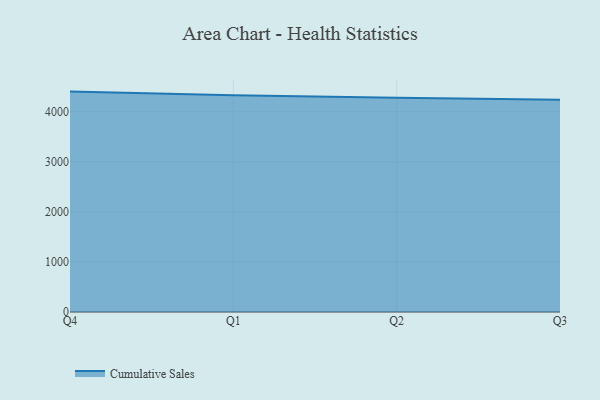
{"axis": {"x": "Quarter", "y": "Churn Rate (%)"}, "legend": ["Cumulative Sales"], "data": [{"x": "Q4", "y": 4403.7, "type": "Cumulative Sales"}, {"x": "Q1", "y": 4330.2, "type": "Cumulative Sales"}, {"x": "Q2", "y": 4281.2, "type": "Cumulative Sales"}, {"x": "Q3", "y": 4241.7, "type": "Cumulative Sales"}]}